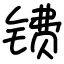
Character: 镄